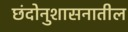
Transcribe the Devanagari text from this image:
छंदोनुशासनातील